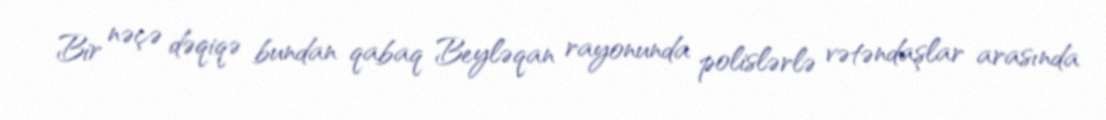
Bir nəçə dəqiqə bundan qabaq Beyləqan rayonunda polislərlə vətəndaşlar arasında